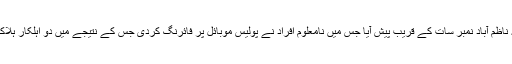
پہلا واقعہ ناظم آباد نمبر سات کے قریب پیش آیا جس میں نامعلوم افراد نے پولیس موبائل پر فائرنگ کردی جس کے نتیجے میں دو اہلکار ہلاک ہوگئے۔